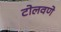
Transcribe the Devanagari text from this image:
टोलवणे